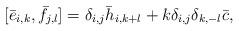
LaTeX: \begin{align*} [\bar{e}_{i,k}, \bar{f}_{j,l}]=\delta_{i,j}\bar{h}_{i,k+l}+k\delta_{i,j}\delta_{k,-l}\bar{c},\end{align*}